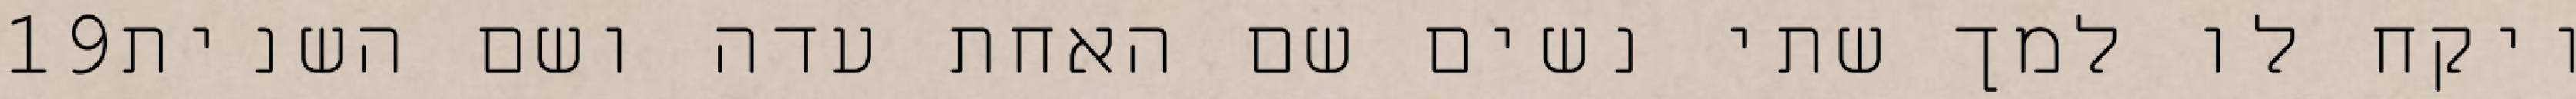
‎19‏ ויקח לו למך שתי נשים שם האחת עדה ושם השנית